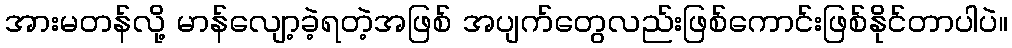
အားမတန်လို့ မာန်လျော့ခဲ့ရတဲ့အဖြစ် အပျက်တွေလည်းဖြစ်ကောင်းဖြစ်နိုင်တာပါပဲ။